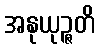
အနုယုဉ္ဇတိ